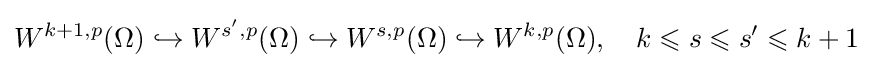
W^{k+1,p}(\Omega )\hookrightarrow W^{s',p}(\Omega )\hookrightarrow W^{s,p}(\Omega )\hookrightarrow W^{k,p}(\Omega ),\quad k\leqslant s\leqslant s'\leqslant k+1